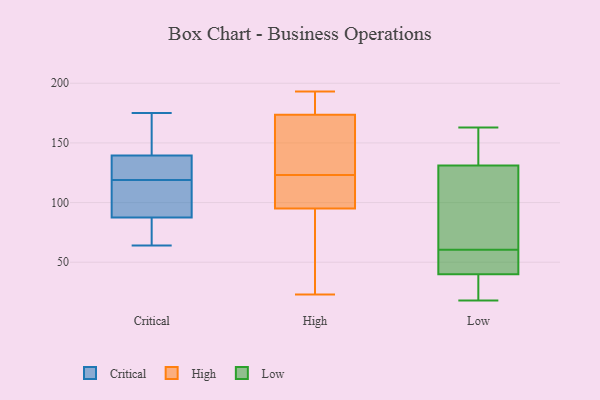
{"axis": {"x": "Temperature (°C)", "y": "Value"}, "legend": ["Critical", "High", "Low"], "data": [{"x": "", "y": 129, "type": "Critical"}, {"x": "", "y": 137, "type": "Critical"}, {"x": "", "y": 119, "type": "Critical"}, {"x": "", "y": 84, "type": "Critical"}, {"x": "", "y": 175, "type": "Critical"}, {"x": "", "y": 85, "type": "Critical"}, {"x": "", "y": 138, "type": "Critical"}, {"x": "", "y": 140, "type": "Critical"}, {"x": "", "y": 95, "type": "Critical"}, {"x": "", "y": 162, "type": "Critical"}, {"x": "", "y": 108, "type": "Critical"}, {"x": "", "y": 157, "type": "Critical"}, {"x": "", "y": 101, "type": "Critical"}, {"x": "", "y": 65, "type": "Critical"}, {"x": "", "y": 64, "type": "Critical"}, {"x": "", "y": 110, "type": "High"}, {"x": "", "y": 83, "type": "High"}, {"x": "", "y": 103, "type": "High"}, {"x": "", "y": 183, "type": "High"}, {"x": "", "y": 106, "type": "High"}, {"x": "", "y": 142, "type": "High"}, {"x": "", "y": 34, "type": "High"}, {"x": "", "y": 29, "type": "High"}, {"x": "", "y": 101, "type": "High"}, {"x": "", "y": 93, "type": "High"}, {"x": "", "y": 172, "type": "High"}, {"x": "", "y": 190, "type": "High"}, {"x": "", "y": 174, "type": "High"}, {"x": "", "y": 193, "type": "High"}, {"x": "", "y": 192, "type": "High"}, {"x": "", "y": 123, "type": "High"}, {"x": "", "y": 172, "type": "High"}, {"x": "", "y": 23, "type": "High"}, {"x": "", "y": 148, "type": "High"}, {"x": "", "y": 133, "type": "Low"}, {"x": "", "y": 50, "type": "Low"}, {"x": "", "y": 70, "type": "Low"}, {"x": "", "y": 40, "type": "Low"}, {"x": "", "y": 51, "type": "Low"}, {"x": "", "y": 163, "type": "Low"}, {"x": "", "y": 131, "type": "Low"}, {"x": "", "y": 19, "type": "Low"}, {"x": "", "y": 99, "type": "Low"}, {"x": "", "y": 18, "type": "Low"}]}